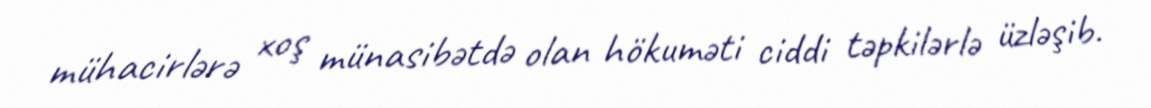
mühacirlərə xoş münasibətdə olan hökuməti ciddi təpkilərlə üzləşib.